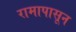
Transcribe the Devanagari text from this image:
रामापासून